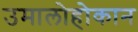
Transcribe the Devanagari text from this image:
उमालोहोकान